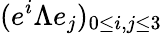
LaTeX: (e^{i}\Lambda e_{j})_{0\leq i,j\leq 3}